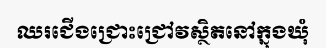
ឈរជើងជ្រោះជ្រៅវស្ថិតនៅក្នុងឃុំ